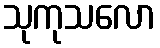
သုကုသလော